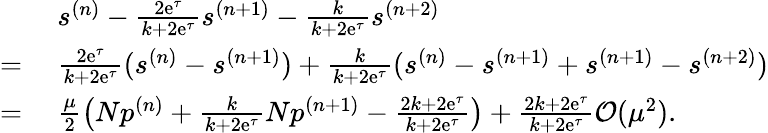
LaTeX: \begin{array}{rl}&{~s^{(n)}-\frac{2\mathrm{e}^{\tau}}{k+2\mathrm{e}^{\tau}}s^{(n+1)}-\frac{k}{k+2\mathrm{e}^{\tau}}s^{(n+2)}}\\ {=}&{~\frac{2\mathrm{e}^{\tau}}{k+2\mathrm{e}^{\tau}}(s^{(n)}-s^{(n+1)})+\frac{k}{k+2\mathrm{e}^{\tau}}(s^{(n)}-s^{(n+1)}+s^{(n+1)}-s^{(n+2)})}\\ {=}&{~\frac{\mu}{2}\left(Np^{(n)}+\frac{k}{k+2\mathrm{e}^{\tau}}Np^{(n+1)}-\frac{2k+2\mathrm{e}^{\tau}}{k+2\mathrm{e}^{\tau}}\right)+\frac{2k+2\mathrm{e}^{\tau}}{k+2\mathrm{e}^{\tau}}\mathcal{O}(\mu^{2}).}\end{array}